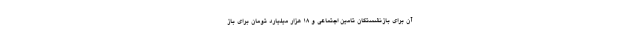
آن برای بازنشستگان تامین اجتماعی و ۱۸ هزار میلیارد تومان برای باز